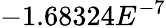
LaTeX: -1.68324E^{-7}